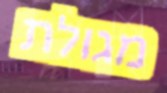
מגולת